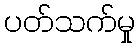
ပတ်သက်မှု